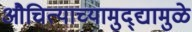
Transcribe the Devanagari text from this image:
औचित्याच्यामुद्द्यामुळे